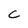
Character: c